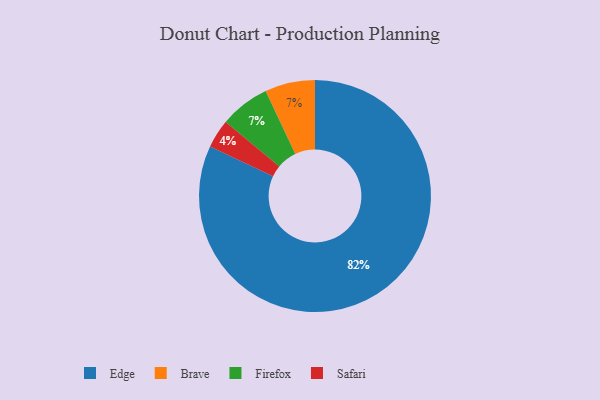
{"axis": {"x": "Category", "y": "Percentage"}, "legend": ["Brave", "Edge", "Firefox", "Safari"], "data": [{"x": "Edge", "y": 82, "type": "Edge"}, {"x": "Brave", "y": 7, "type": "Brave"}, {"x": "Firefox", "y": 7, "type": "Firefox"}, {"x": "Safari", "y": 4, "type": "Safari"}]}